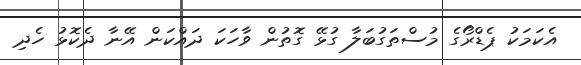
އެކަމަކު ޕެޑްރޯގެ މުސްތަގުބަލާ ގުޅޭ ގޮތުން ވާހަކަ ދައްކަން އޭނާ ދެކޮޅު ހެދި